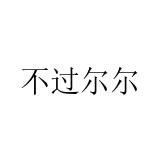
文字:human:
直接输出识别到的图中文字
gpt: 不过尔尔